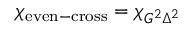
\chi _ { \mathrm { e v e n - c r o s s } } = \chi _ { G ^ { 2 } \Delta ^ { 2 } }